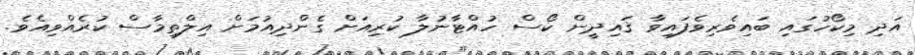
އަދި މިކޯހުގައި ބައިވެރިވެފައިވާ ޤައިދީން ކޯސް ހުއްޓާނުލާ ކުރިއަށް ގެންދިއުމަށް އިލްތިމާސް ކުރެއްވިއެވެ.